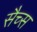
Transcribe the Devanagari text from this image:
सैच्‍स